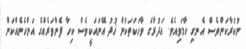
ނުކުރާކަންވެސް އެނގި ހާމަވިއެވެ. އަދުރާގެ ވާހަކަތަކުން ޚުދު އޭނައަކީވެސް ކިހާ ފެންވަރެއްގެ އަންހެނެއްކަން